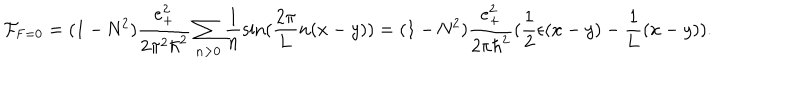
{ \cal F } _ { \mathrm { F } = 0 } = ( 1 - \mathrm { N } ^ { 2 } ) \frac { e _ { + } ^ { 2 } } { 2 { \pi } ^ { 2 } { \hbar } ^ { 2 } } \sum _ { n > 0 } \frac { 1 } { n } \sin ( \frac { 2 \pi } { 2 \pi } { L } n ( x - y ) ) = ( 1 - \mathrm { N } ^ { 2 } ) \frac { e _ { + } ^ { 2 } } { 2 \pi { \hbar } ^ { 2 } } ( \frac { 1 } { 2 } \epsilon ( x - y ) - \frac { 1 } { 1 } { L } ( x - y ) ) .